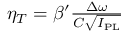
\begin{array} { r } { \eta _ { T } = \beta ^ { \prime } \frac { \Delta \omega } { { \cal C } \sqrt { I _ { \mathrm { P L } } } } } \end{array}